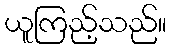
ယူကြည့်သည်။